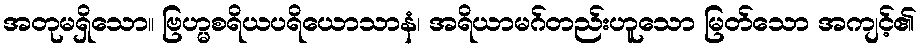
အတုမရှိသော။ ဗြဟ္မစရိယပရိယောသာနံ၊ အရိယာမဂ်တည်းဟူသော မြတ်သော အကျင့်၏